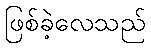
ဖြစ်ခဲ့လေသည်